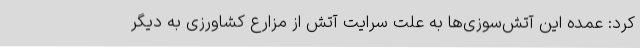
کرد: عمده این آتش‌سوزی‌ها به علت سرایت آتش از مزارع کشاورزی به دیگر